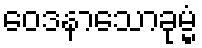
ဝေဒနာသောခုမ္မံ